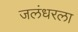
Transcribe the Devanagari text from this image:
जलंधरला